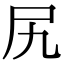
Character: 尻